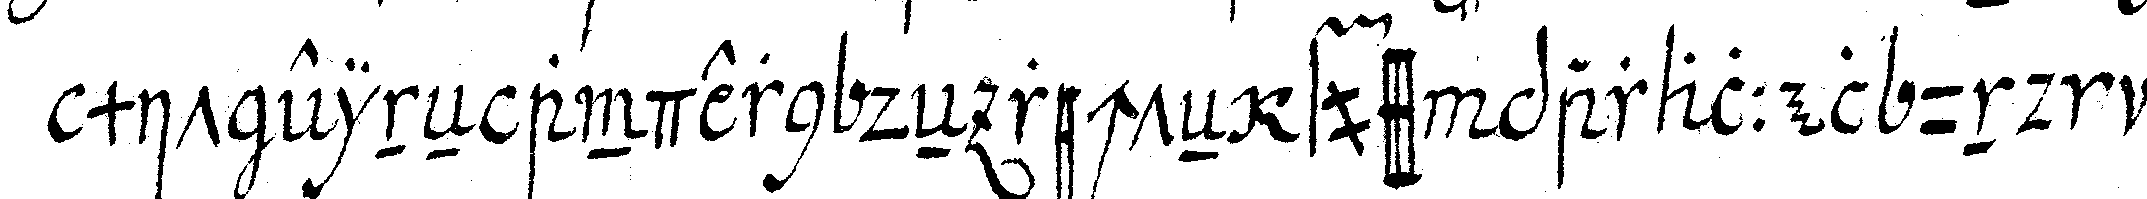
mit eineN andern deN rechteN fuss parallel und